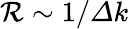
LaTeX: \mathcal{R}\sim{{1}/{\varDelta k}}